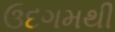
ઉદગમથી